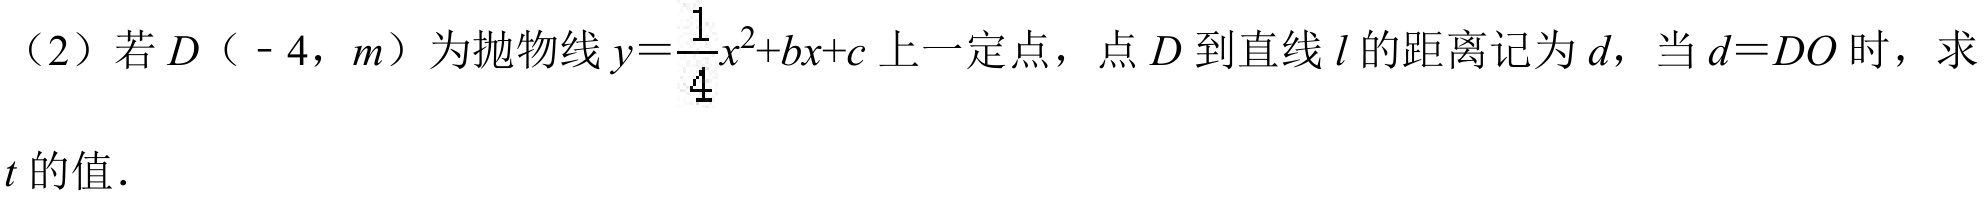
（2）若\(D（ - 4，m）\)为抛物线\(y = \frac{1}{4}x^{2}+bx + c\)上一定点，点\(D\)到直线\(l\)的距离记为\(d\)，当\(d = DO\)时，求\(t\)的值．